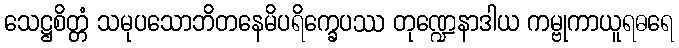
သေဋ္ဌစိတ္တံ သမုပသောဘိတနေမိပရိက္ခေပဿ တုဏ္ဍေနာဒါယ ကမ္ဗုကာယူရဓရေ